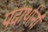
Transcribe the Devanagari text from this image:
पदार्थानां